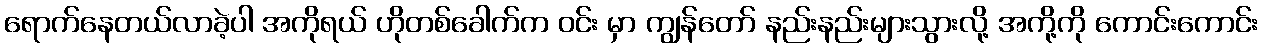
ရောက်နေတယ်လာခဲ့ပါ အကိုရယ် ဟိုတစ်ခေါက်က ဝင်း မှာ ကျွန်တော် နည်းနည်းများသွားလို့ အကို့ကို ကောင်းကောင်း